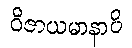
ဝိဇာယမာနာပိ